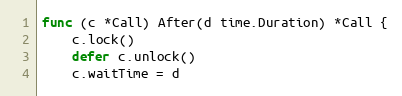
Language: Go
func (c *Call) After(d time.Duration) *Call {
	c.lock()
	defer c.unlock()
	c.waitTime = d